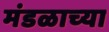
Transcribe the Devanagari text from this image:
मंडळाच्‍या